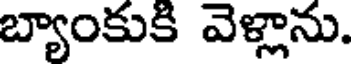
బ్యాంకుకి వెళ్లాను.